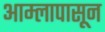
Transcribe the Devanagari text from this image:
आम्लापासून